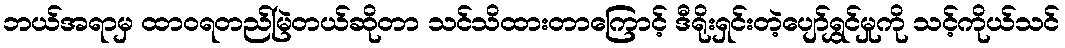
ဘယ်အရာမှ ထာဝရတည်မြဲတယ်ဆိုတာ သင်သိထားတာကြောင့် ဒီရိုးရှင်းတဲ့ပျော်ရွှင်မှုကို သင့်ကိုယ်သင်